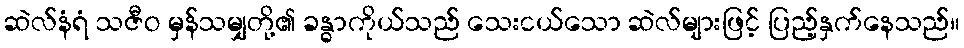
ဆဲလ်နံရံ သဇီဝ မှန်သမျှတို့၏ ခန္ဓာကိုယ်သည် သေးငယ်သော ဆဲလ်များဖြင့် ပြည့်နှက်နေသည်။